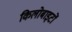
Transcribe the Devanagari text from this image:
किलोबाइटों